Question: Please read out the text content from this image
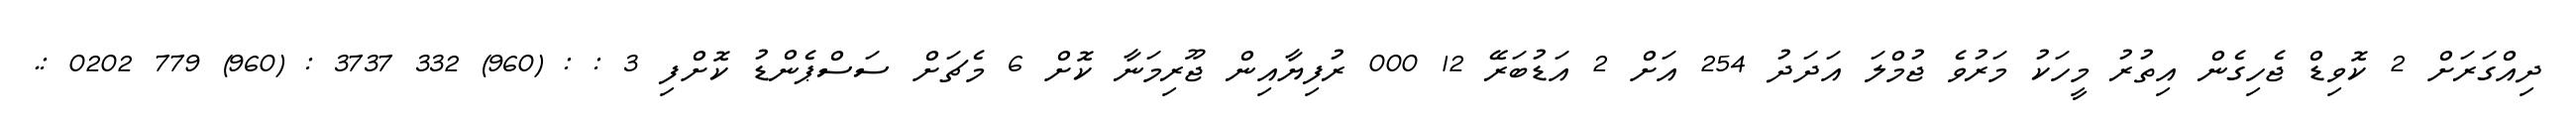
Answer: ދިއްގަރަށް 2 ކޮވިޑް ޖެހިގެން އިތުރު މީހަކު މަރުވެ ޖުމްލަ އަދަދު 254 އަށް 2 އަޑުބަރޭ 12 000 ރުފިޔާއިން ޖޫރިމަނާ ކޮށް 6 މެޗަށް ސަސްޕެންޑު ކޮށްފި 3 : : (960) 332 3737 : (960) 779 0202 :.